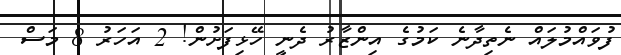
ފުވައްމުލައް ނެތިދާނެ ކަމުގެ އިންޒާރު ދެނީ ހޭޅިފަށުން! 2 އަހަރު 8 މަސް